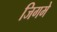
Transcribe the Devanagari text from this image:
जिगमे